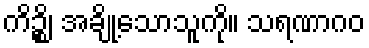
ကိဉ္စိ၊ အချို့သောသူကို။ သရဏာဂဝ